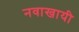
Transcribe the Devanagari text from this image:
नवाखायी